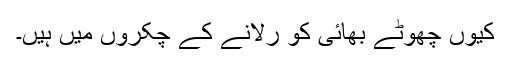
کیوں چھوٹے بھائی کو رُلانے کے چکروں میں ہیں۔